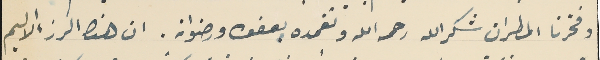
وفخرنا المطران شكرالله رحمه الله وتغمده بعفوهِ ورضوانهِ. ان هذا الرزء الاليم